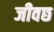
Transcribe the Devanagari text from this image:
जीवछ